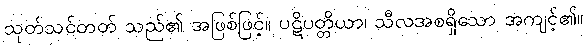
သုတ်သင်တတ် သည်၏ အဖြစ်ဖြင့်။ ပဋိပတ္တိယာ၊ သီလအစရှိသော အကျင့်၏။